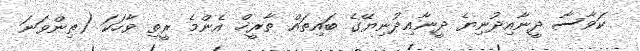
ކަވާސާ ދީނާއިދުނިޔެ ދީނާއިދުނިޔޭގެ ބައިތައް ތާރީޚް އެންމެ ރީތި ވާހަކަ (ތިންވަނަ